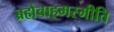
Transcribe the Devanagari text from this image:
ब्रह्मैवाहमस्मीति